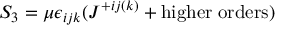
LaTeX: S _ { 3 } = \mu \epsilon _ { i j k } ( J ^ { + i j ( k ) } + \mathrm { h i g h e r \; o r d e r s } )